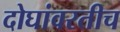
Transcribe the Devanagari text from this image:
दोघांवरतीच